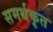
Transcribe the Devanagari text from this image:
समर्थकृत